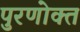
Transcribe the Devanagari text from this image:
पुरणोक्त